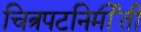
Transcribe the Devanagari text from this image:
चित्रपटनिर्मीती